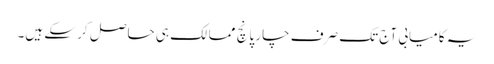
یہ کامیابی آج تک صرف چار پانچ ممالک ہی حاصل کر سکے ہیں۔